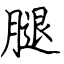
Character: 腿